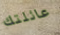
عائلتك